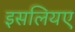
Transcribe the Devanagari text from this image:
इसलियए